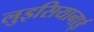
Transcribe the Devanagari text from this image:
लुइसियानाई